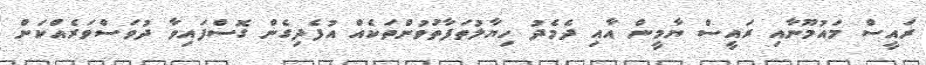
ރައީސް މައުމޫނާއި ރައީސް ޔާމީން އާއި ދެމެދު ހިޔާލުތަފާތުވުންތަކެއް އުފެދިގެން ގޮސްފައިވާ ދުވަސްވަރެއްކަން